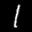
Digit: 1